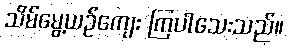
သိမ်မွေ့ယဉ်ကျေး ကြပါသေးသည်။